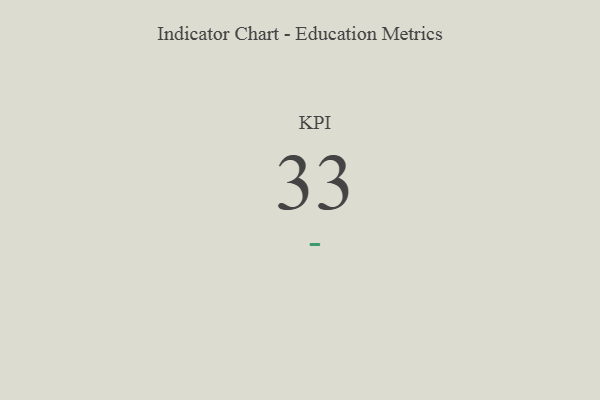
{"axis": {"x": "KPI", "y": "Value"}, "legend": [""], "data": [{"x": "KPI", "y": 33, "type": ""}]}